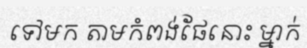
ទៅមក តាមកំពង់ផែនោះ ម្នាក់